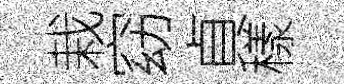
栽窈貞樣